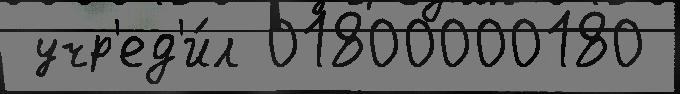
 учр'ед'и́л 01800000180